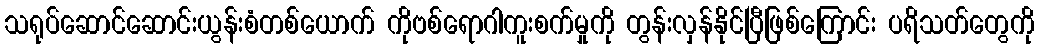
သရုပ်ဆောင်ဆောင်းယွန်းစံတစ်ယောက် ကိုဗစ်ရောဂါကူးစက်မှုကို တွန်းလှန်နိုင်ပြီဖြစ်ကြောင်း ပရိသတ်တွေကို